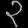
Digit: ၃